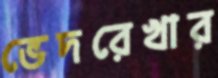
ভেদরেখার